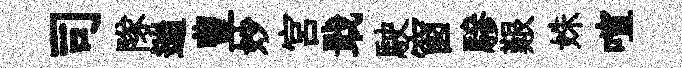
司隊遄豊妙宫戢駛窗驂艱姝喧